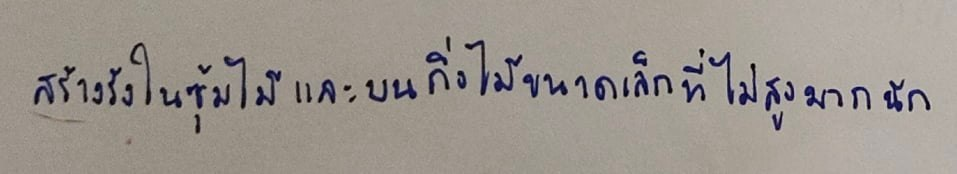
สร้างรังในซุ้มไม้และบนกิ่งไม้ขนาดเล็กที่ไม่สูงมากนัก